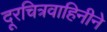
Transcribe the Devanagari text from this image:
दूरचित्रवाहिनीने